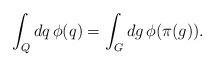
LaTeX: \begin{align*}\int_Q dq \, \phi( q )=\int_G dg \, \phi( \pi ( g ) ).\end{align*}